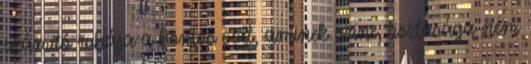
számító ruhája a köntös volt, aminek színe, tisztasága nem